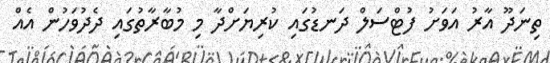
ތިނަދޫ އާރު އަވަށު ފުޓްސަލް ދަނޑުގައި ކުރިޔަށްދާ މި މުބާރާތުގައި ދެދުވަހުން އެއް